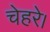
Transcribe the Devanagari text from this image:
चेहरे।